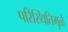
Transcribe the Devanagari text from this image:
परिस्थितिमुळे